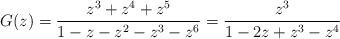
LaTeX: \begin{align*}G (z)= \frac{z^{3}+z^{4}+z^{5}}{1-z-z^{2}-z^{3}-z^{6}}=\frac{z^{3}}{1-2z+z^{3}-z^{4}}\end{align*}